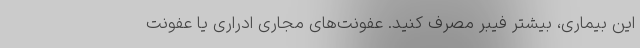
این بیماری، بیشتر فیبر مصرف کنید. عفونت‌های مجاری ادراری یا عفونت